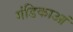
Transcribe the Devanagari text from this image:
गंडिकाआं